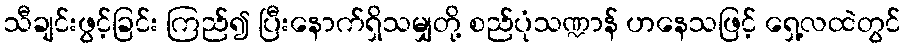
သီချင်းဖွင့်ခြင်း ကြည်၍ ပြီးနောက်ရှိသမျှတို့ စည်ပုံသဏ္ဍာန် ဟနေသဖြင့် ရှေ့လထဲတွင်